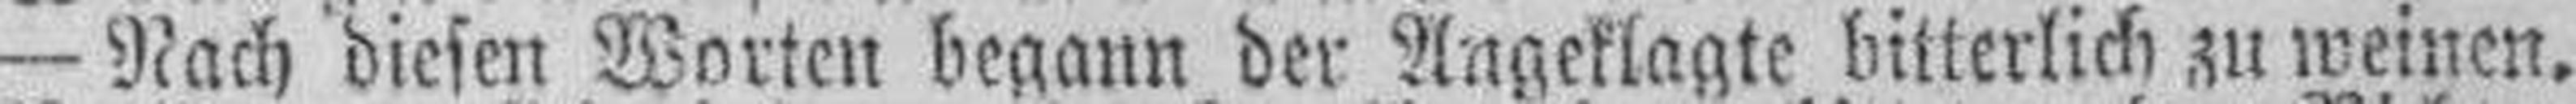
— Nach diesen Worten begann der Angeklagte bitterlich zu weinen.